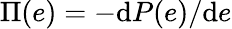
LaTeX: \Pi(e)=-\textrm{d}P(e)/\textrm{d}e